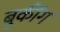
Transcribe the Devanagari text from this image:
बुकींग